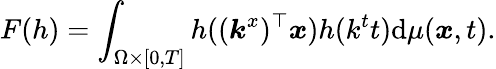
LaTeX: F(h)=\int_{\Omega\times[0,T]}h((\boldsymbol{k}^{x})^{\top}\boldsymbol{x})h(k^{t}t)\mathrm{d}\mu(\boldsymbol{x},t).